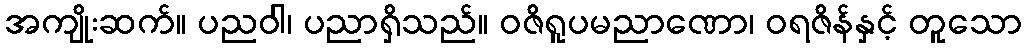
အကျိုးဆက်။ ပညဝါ၊ ပညာရှိသည်။ ဝဇိရူပမညာဏော၊ ဝရဇိန်နှင့် တူသော